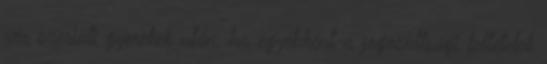
vér szerinti gyerekek után, ha egyébként a jogosultsági feltételek